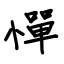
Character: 憚